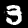
Label: 3